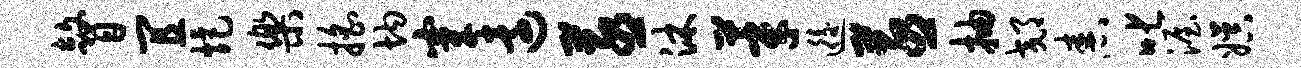
瞽宜炬乐摇均穿远蒸沐莘逅蒸抽郊舂叱渥娱